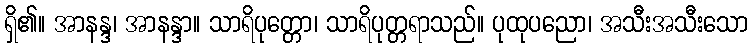
ရှိ၏။ အာနန္ဒ၊ အာနန္ဒာ။ သာရိပုတ္တော၊ သာရိပုတ္တရာသည်။ ပုထုပညော၊ အသီးအသီးသော